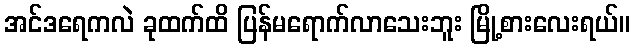
အင်ဒရေကလဲ ခုထက်ထိ ပြန်မရောက်လာသေးဘူး မြို့စားလေးရယ်။